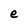
Character: e